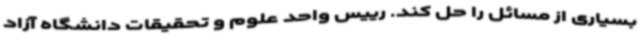
بسیاری از مسائل را حل کند. رییس واحد علوم و تحقیقات دانشگاه آزاد